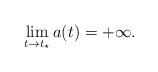
LaTeX: \begin{align*}\lim_{t\to t_{\star}}a(t)=+\infty.\end{align*}